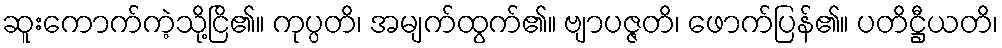
ဆူးကောက်ကဲ့သို့ငြိ၏။ ကုပ္ပတိ၊ အမျက်ထွက်၏။ ဗျာပဇ္ဇတိ၊ ဖောက်ပြန်၏။ ပတိဋ္ဌီယတိ၊